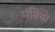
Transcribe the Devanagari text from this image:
मंत्रियो